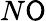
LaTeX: N\mathsf{O}